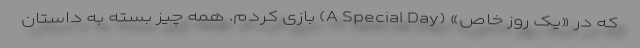
که در «یک روز خاص» (A Special Day) بازی کردم. همه چیز بسته به داستان